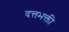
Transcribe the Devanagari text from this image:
दत्तभक्ती